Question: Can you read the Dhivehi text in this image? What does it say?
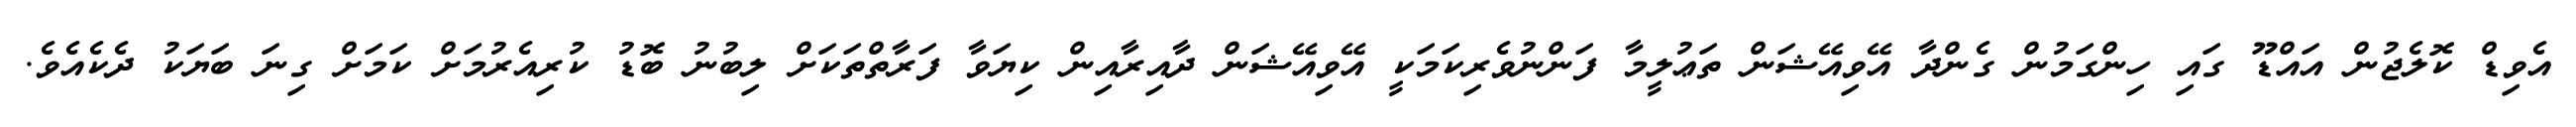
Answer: އެވިޑް ކޮލެޖުން އައްޑޫ ގައި ހިންގަމުން ގެންދާ އޭވިއޭޝަން ތަޢުލީމާ ފަންނުވެރިކަމަކީ އޭވިއޭޝަން ދާއިރާއިން ކިޔަވާ ފަރާތްތަކަށް ލިބުނު ބޮޑު ކުރިއެރުމަށް ކަމަށް ގިނަ ބަޔަކު ދެކެއެވެ.